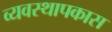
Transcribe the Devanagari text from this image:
व्यवस्थापकास